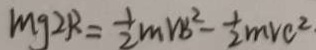
m g 2 R = \frac { 1 } { 2 } m V B ^ { 2 } - \frac { 1 } { 2 } m V C ^ { 2 } \cdot